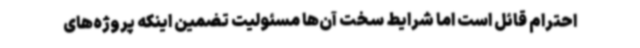
احترام قائل است اما شرایط سخت آن‌ها مسئولیت تضمین اینکه پروژه‌های